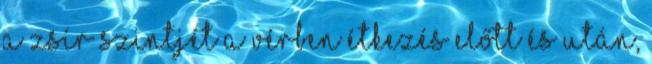
a zsír szintjét a vérben étkezés előtt és után,